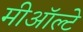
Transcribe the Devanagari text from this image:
मीऑल्टे